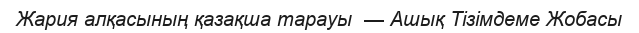
Жария алқасының қазақша тарауы  — Ашық Тізімдеме Жобасы